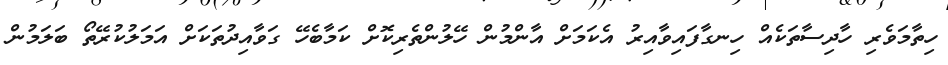
ހިތާމަވެރި ހާދިސާތަކެއް ހިނގާފައިވާއިރު އެކަމަށް އާންމުން ހޭލުންތެރިކޮށް ކަމާބެހޭ ގަވާއިދުތަކަށް އަމަލުކުރޭތޯ ބަލަމުން